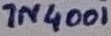
Text: 1N4001